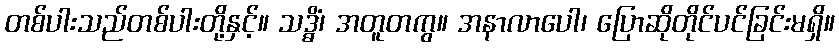
တစ်ပါးသည်တစ်ပါးတို့နှင့်။ သဒ္ဓိံ၊ အတူတကွ။ အနာလာပေါ၊ ပြောဆိုတိုင်ပင်ခြင်းမရှိ။